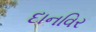
દાનવિર